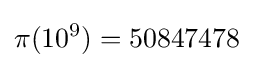
\pi (10^{9})=50847478